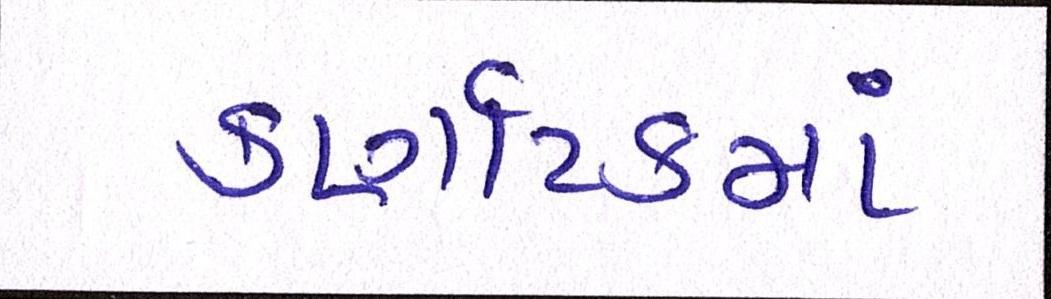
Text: કર્ણાટકમાં